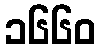
၁၆၆၀